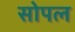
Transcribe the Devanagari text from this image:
सोपल